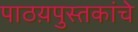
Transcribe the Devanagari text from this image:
पाठय़पुस्तकांचे